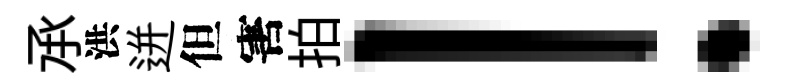
𠄘洪迸但害拍！